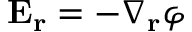
{ \bf E } _ { \bf r } = - \nabla _ { \bf r } \varphi